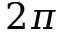
2 \pi